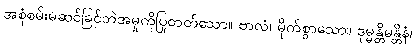
အစုံစမ်းမဆင်ခြင်ဘဲအမှုကိုပြုတတ်သော။ ဗာလံ၊ မိုက်စွာသော။ ဒုမ္မန္တိမန္တိနံ၊